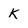
Character: K